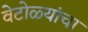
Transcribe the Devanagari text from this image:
वेटोळ्यांचा